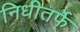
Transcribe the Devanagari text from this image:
निधीतर्फे